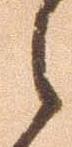
之